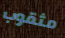
مثقوب